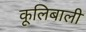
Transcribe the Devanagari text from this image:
कूलिबाली